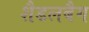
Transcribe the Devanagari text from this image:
शैडलबैग